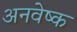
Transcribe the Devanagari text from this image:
अनवेष्क